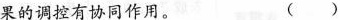
果的调控有协同作用。 ()